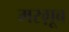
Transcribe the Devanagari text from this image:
मरग़ूब